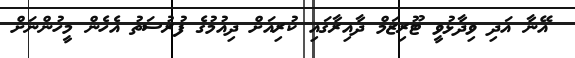
އޭނާ އަދި ވިދާޅުވީ ޓޫރިޒަމް ދާއިރާގައި ކުރިއަށް ދިއުމުގެ ފުރުސަތު އެހެން މީހުންނަށް